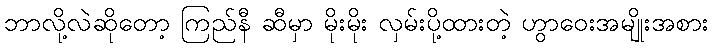
ဘာလို့လဲဆိုတော့ ကြည်နီ ဆီမှာ မိုးမိုး လှမ်းပို့ထားတဲ့ ဟွာဝေးအမျိုးအစား